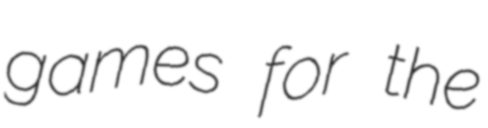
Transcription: games for the